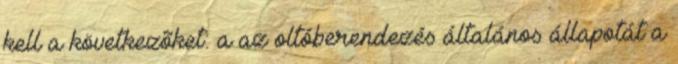
kell a következõket: a az oltóberendezés általános állapotát a